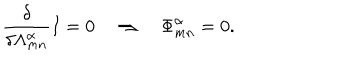
LaTeX: \frac { \delta } { \delta \Lambda _ { m n } ^ { \alpha } } I = 0 \quad \Rightarrow \quad { \Phi } _ { m n } ^ { \alpha } = 0 .